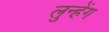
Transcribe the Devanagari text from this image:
लुन्हेंग